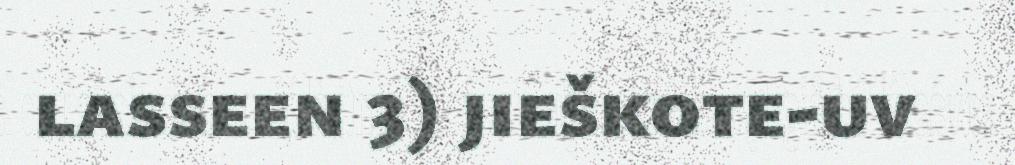
lasseen 3) jieškote-uv